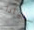
نيادا